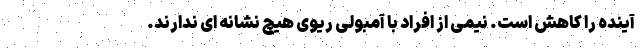
آینده را کاهش است. نیمی از افراد با آمبولی ریوی هیچ نشانه ای ندارند.